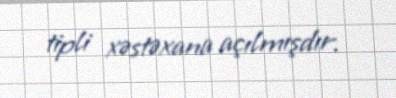
tipli xəstəxana açılmışdır.